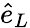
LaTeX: \hat{e}_{L}